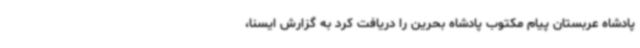
پادشاه عربستان پیام مکتوب پادشاه بحرین را دریافت کرد به گزارش ایسنا،